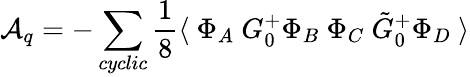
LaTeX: {\cal A}_{q}=-\sum_{cyclic}\frac{1}{8}\langle~\Phi_{A}~G_{0}^{+}\Phi_{B}~\Phi_{C}~\tilde{G}_{0}^{+}\Phi_{D}~\rangle